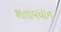
શતાવધાન